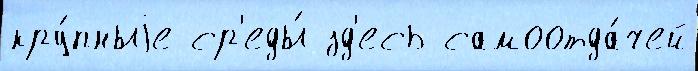
кру́пныjе ср'еды́ зд'есь самоотда́чей